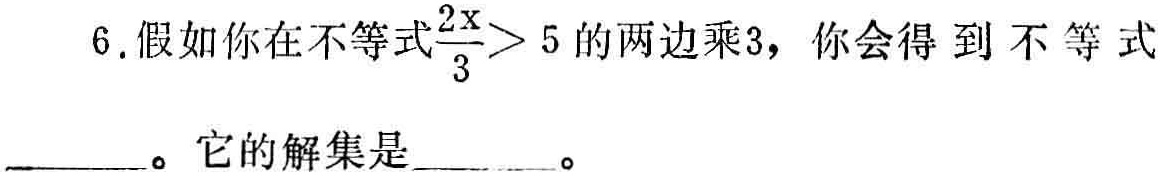
6. 假如你在不等式$\frac{2x}{3}>5$的两边乘3，你会得到不等式  。它的解集是  。